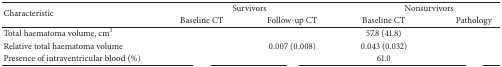
<table><thead><tr><td rowspan="2"><b>Characteristic</b></td><td colspan="2"><b>Survivors</b></td><td colspan="2"><b>Nonsurvivors</b></td></tr><tr><td><b>Baseline CT</b></td><td><b>Follow-up CT</b></td><td><b>Baseline CT</b></td><td><b>Pathology</b></td></tr></thead><tbody><tr><td>Total haematoma volume, cm<sup>3</sup></td><td>[EMPTY_CELL]</td><td>[EMPTY_CELL]</td><td>57.8 (41.8)</td><td>[EMPTY_CELL]</td></tr><tr><td>Relative total haematoma volume</td><td>[EMPTY_CELL]</td><td>0.007 (0.008)</td><td>0.043 (0.032)</td><td>[EMPTY_CELL]</td></tr><tr><td>Presence of intraventricular blood (%)</td><td>[EMPTY_CELL]</td><td>[EMPTY_CELL]</td><td>61.0</td><td>[EMPTY_CELL]</td></tr></tbody></table>